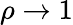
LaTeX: \rho\rightarrow 1